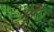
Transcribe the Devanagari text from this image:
भोरै